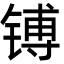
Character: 镈